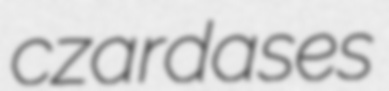
czardases